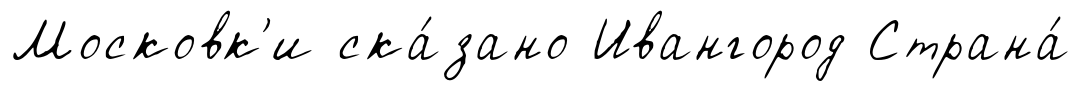
Московк'и ска́зано Ивангород Страна́